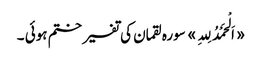
«اَلْحَمْدُ لِلہِ» سورہ لقمان کی تفسیر ختم ہوئی ۔